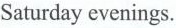
Saturday evenings.